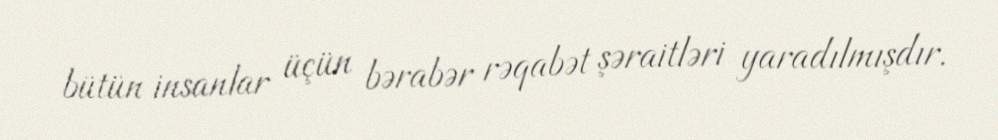
bütün insanlar üçün bərabər rəqabət şəraitləri yaradılmışdır.